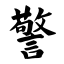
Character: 警